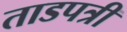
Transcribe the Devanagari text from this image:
ताडपत्री